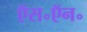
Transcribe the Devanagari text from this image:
ऍस॰ऍन॰